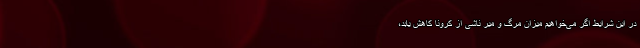
در این شرایط اگر می‌خواهیم میزان مرگ و میر ناشی از کرونا کاهش یابد،